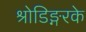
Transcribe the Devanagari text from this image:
श्रोडिङ्गरके